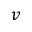
v